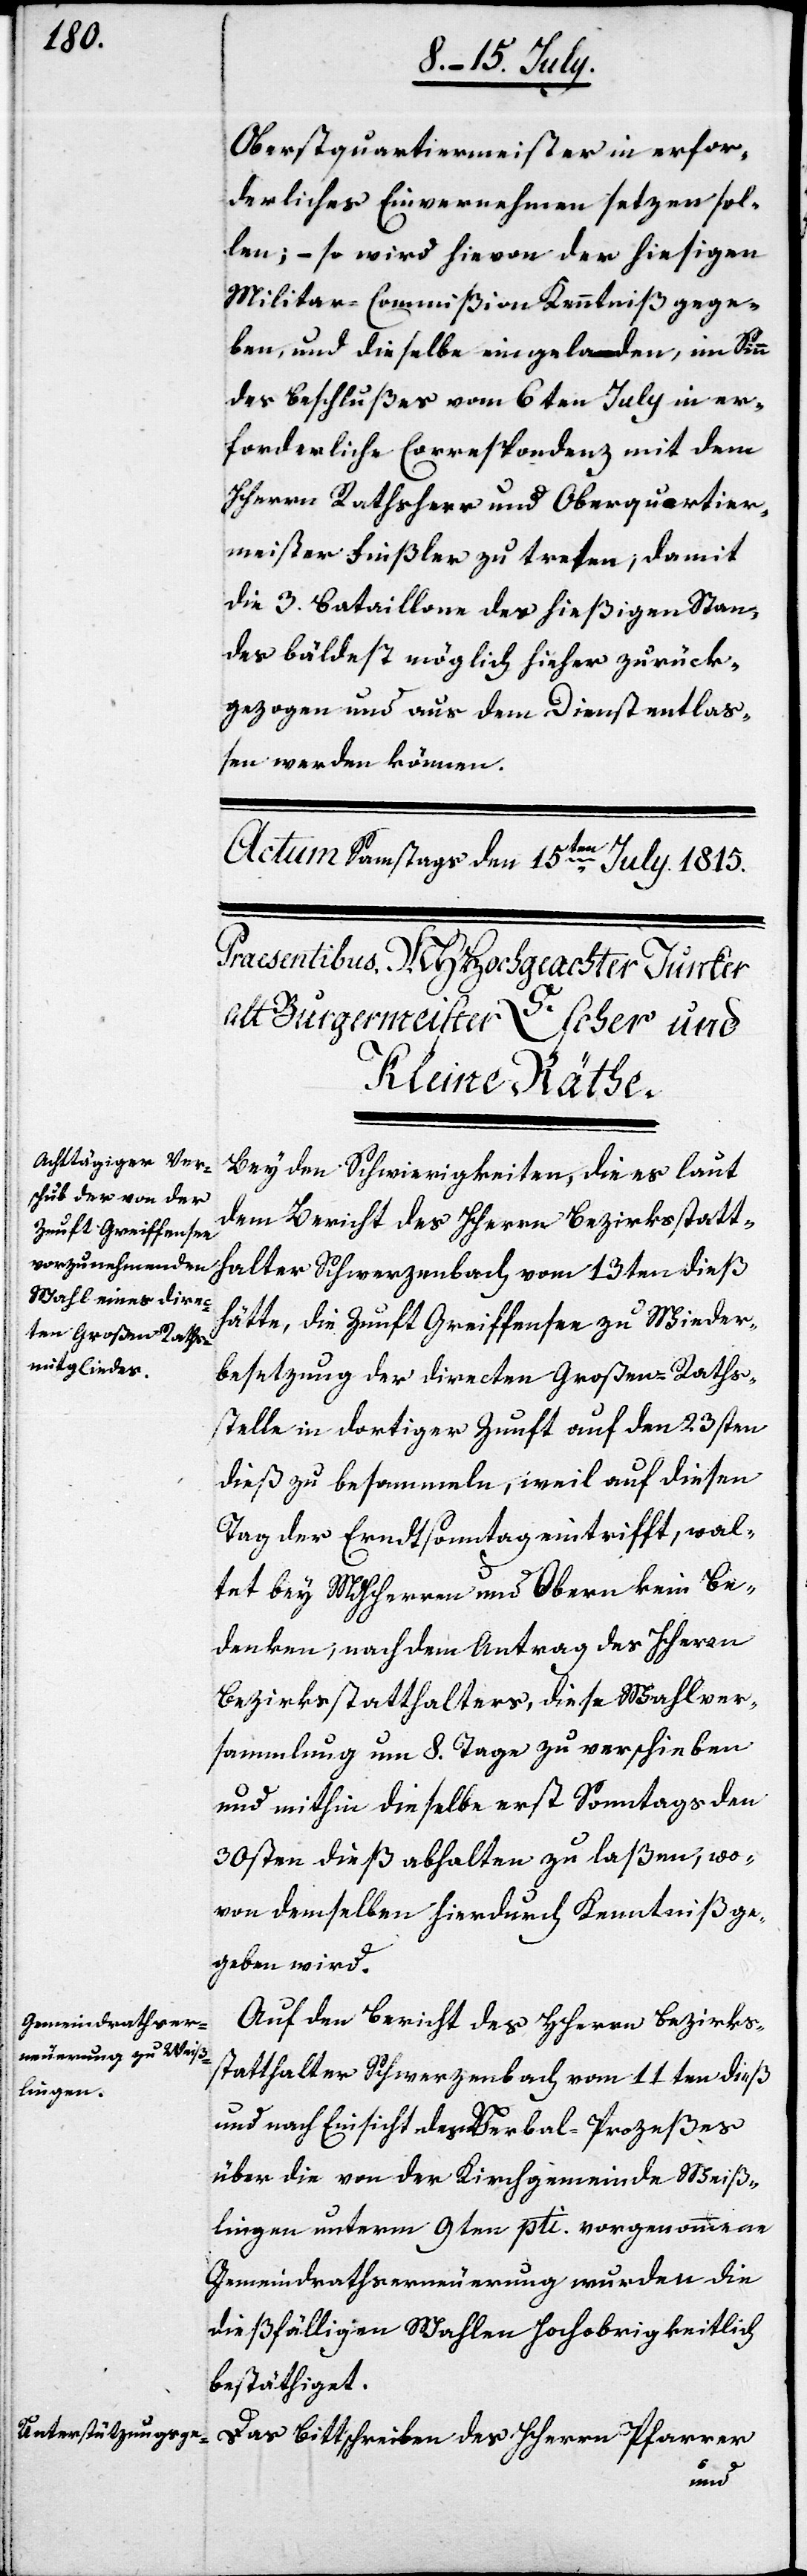
Oberstquartiermeister in erfor¬
derliches Einvernehmen setzen sol¬
len; – so wird hievon der hießigen
Militar-Commißion Kenntniß gege¬
ben, und dieselbe eingeladen, in Sinn
des Beschlußes von 6ten July in er¬
forderliche Correspondenz mit dem
HHerrn Rathsherr und Oberstquartier¬
meister Finsler zu treten, damit
die 3. Bataillone das hießigen Stan¬
des bäldest möglich hieher zurück¬
gezogen und aus dem Dienst entlas¬
sen werden können.
Bey den Schwierigkeiten, die es laut
dem Bericht des HHerrn Bezirksstatt¬
halters Schwerzenbach vom 13ten dieß
hätte, die Zunft Greiffensee zu Wieder¬
besetzung der directen Großen Raths¬
stelle in dortiger Zunft auf den 23sten
dieß zu besammeln, weil auf diesen
Tag der Erndtsonntag eintrifft, wal¬
tet bey MHHerren und Obern kein Be¬
denken, nach dem Antrag des
Bezirksstatthalters, diese Wahlbe¬
sammlung um 8. Tage zu verschieben
und mithin dieselbe erst Sonntags den
30sten dieß abhalten zu laßen, wo¬
von demselben hierdurch Kenntniß ge¬
geben wird.
Auf den Bericht des HHerrn Bezirks¬
statthalter Schwerzenbach vom 11ten dieß
und nach Einsicht des Verbal-Prozeßes
über die von der Kirchgemeinde Weiß¬
lingen unterm 9ten pti. vorgenommene
Gemeindrathserneuerung wurden die
dießfälligen Wahlen Hochobrigkeitlich
bestätiget.
Das Bittschreiben des HHerrn Pfarrer